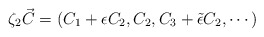
\begin{align*}\zeta_2 \vec{C} = (C_1 + \epsilon C_2, C_2, C_3+ \tilde{\epsilon} C_2, \cdots)\end{align*}